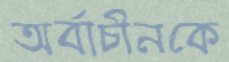
অর্বাচীনকে